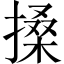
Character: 搡